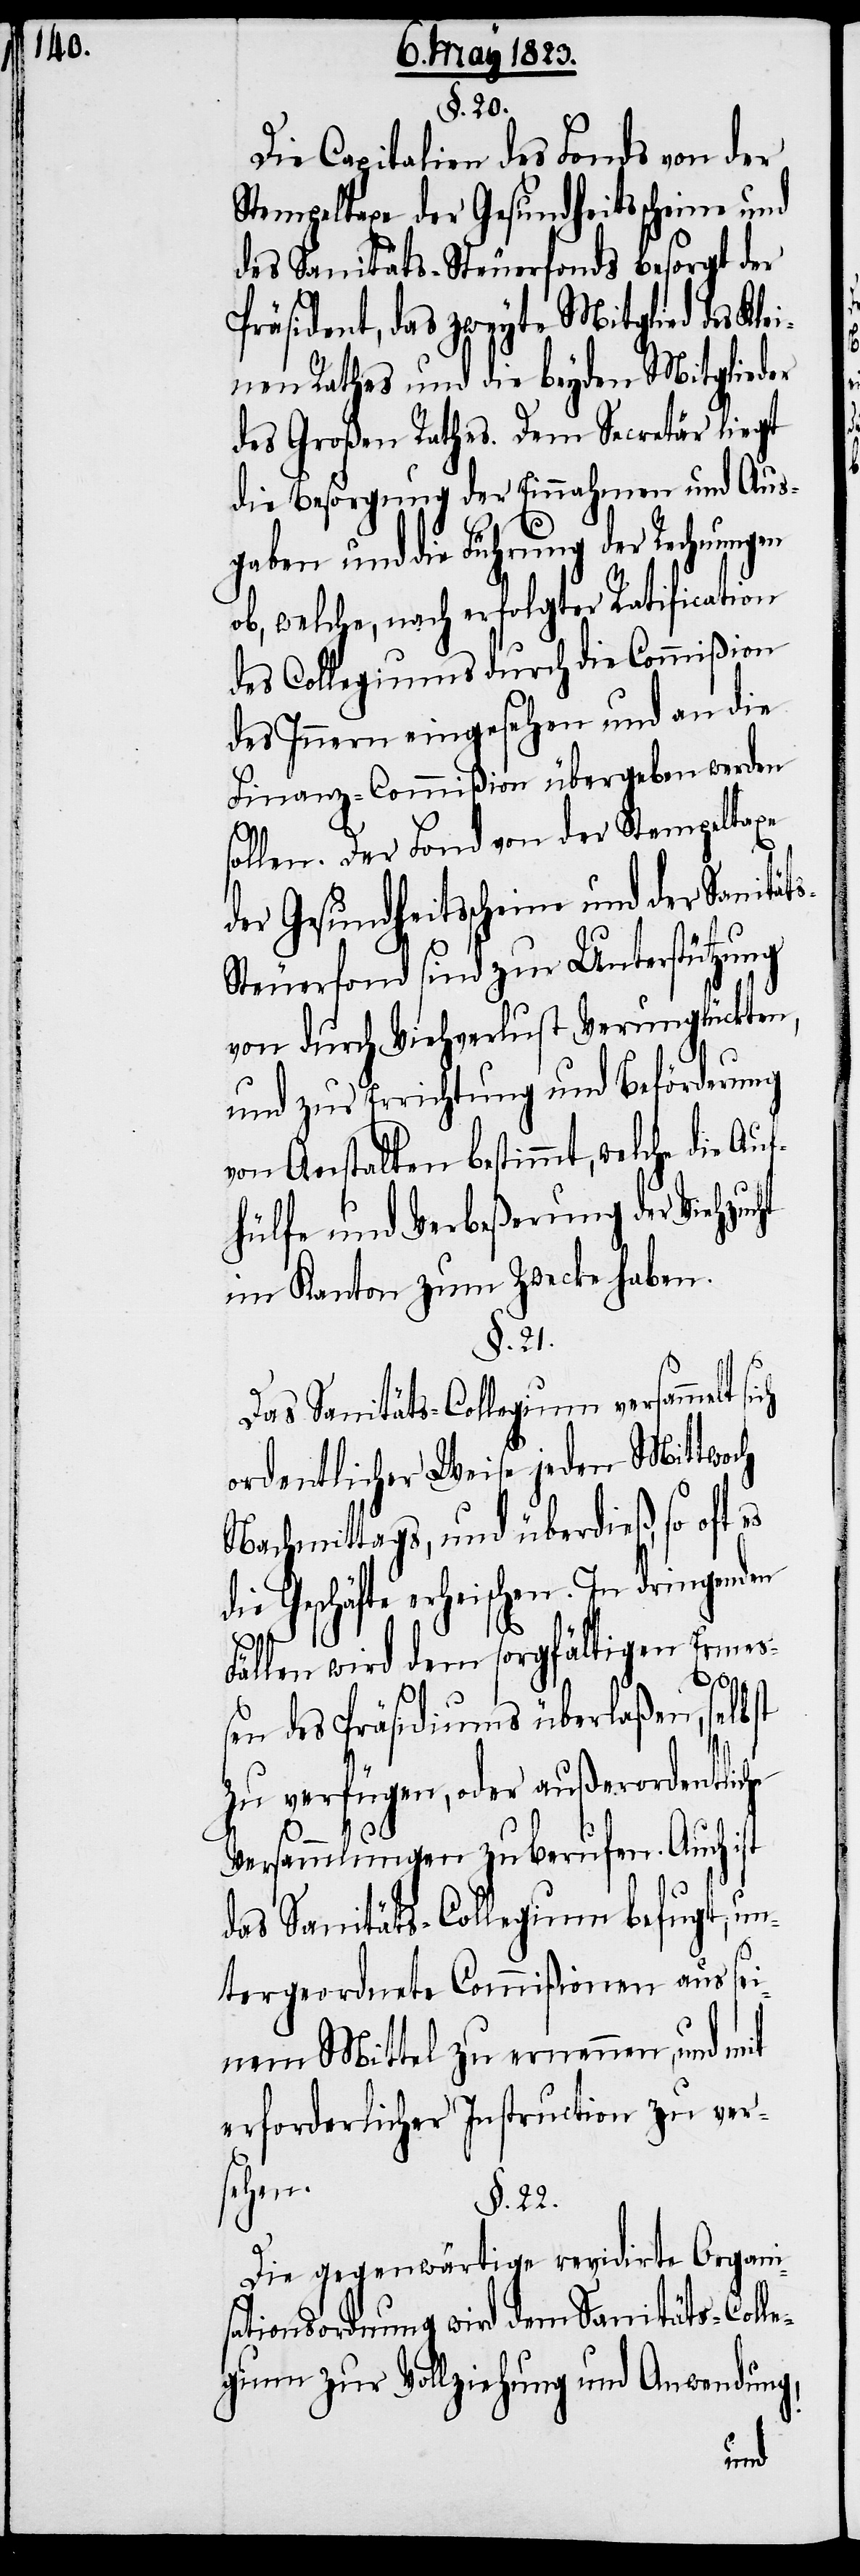
§. 20.
Die Capitalien des Fonds von der
Stempeltaxe der Gesundheitsscheine und
des Sanitäts-Steuerfonds besorgt der
Präsident, das zweyte Mitglied des Kle¬
inen Rathes und die beyden Mitglieder
des Großen Rathes. Dem Secretär liegt
die Besorgung der Einnahmen und Aus¬
gaben und die Führung der Rechnung¬
ob, welche, nach erfolgter Ratification
des Collegiums durch die Commißion
des Innern eingesehen und an die
Finanz-Commißion übergeben werden
sollen. Der Fond von der Stempeltaxe
der Gesundheitsscheine und der Sanität¬
teuerfond sind zur Unterstützung
von durch Viehverlust Verunglückten,
und zur Errichtung und Beförderung
von Anstalten bestimmt, welche die Au¬
fhülfe und Verbeßerung der Viehzuc¬
im Kanton zum Zwecke haben.
§. 21.
Das Sanitäts-Collegium versammelt
ordentlicher Weise jeden Mittwoch
Nachmittags, und überdieß, so oft es
die Geschäfte erheischen. In dringenden
Fällen wird dem sorgfältigen Ermeß¬
s-S¬
en des Präsidiums überlaßen, selbst
zu verfügen, oder außerordentliche
ht
Versammlungen zu berufen. Auch ist
das Sanitäts-Collegium befugt, un¬
tergeordnete Commißionen aus sei¬
nem Mittel zu ernennen, und mit
erforderlicher Instruction zu ver¬
sehen.
§. 22.
Die gegenwärtige revidirte Organi¬
sationsordnung wird dem Sanitäts-Colle¬
gium zur Vollziehung und Anwendung,
en